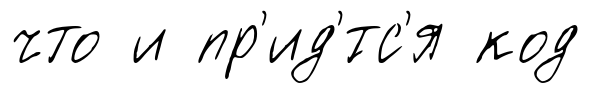
что и пр'ид'́тс'я код